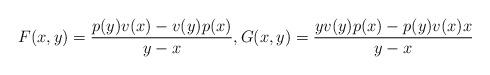
LaTeX: \begin{align*} F(x,y) = \frac{p(y)v(x)-v(y)p(x)}{y-x}, G(x,y) = \frac{yv(y)p(x)-p(y)v(x)x}{y-x} \end{align*}